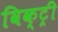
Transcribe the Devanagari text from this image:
विक्‍ट्री